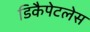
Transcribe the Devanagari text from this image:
डिकैपेटलेस